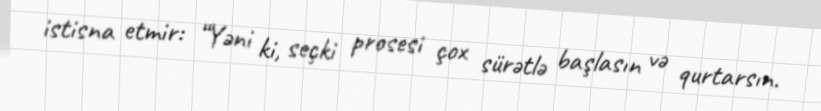
istisna etmir: “Yəni ki, seçki prosesi çox sürətlə başlasın və qurtarsın.